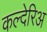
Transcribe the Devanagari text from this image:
कल्देरिअ